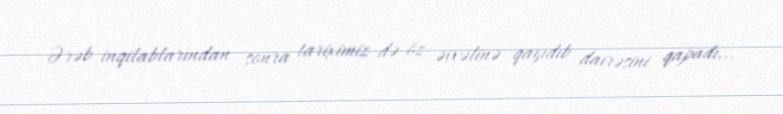
Ərəb inqilablarından sonra tariximiz də öz əvvəlinə qayıdıb dairəsini qapadı...